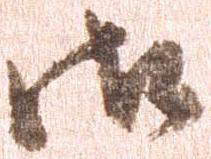
御